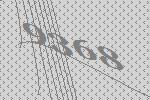
9368